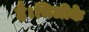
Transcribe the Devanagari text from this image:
है।चिलीके